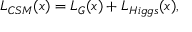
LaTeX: { \cal L } _ { C S M } ( x ) = { \cal L } _ { G } ( x ) + { \cal L } _ { H i g g s } ( x ) ,